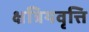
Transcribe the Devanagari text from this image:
क्षत्रियवृत्ति